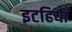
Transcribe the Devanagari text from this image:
इटहियाँ